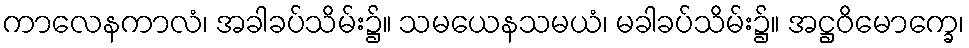
ကာလေနကာလံ၊ အခါခပ်သိမ်း၌။ သမယေနသမယံ၊ မခါခပ်သိမ်း၌။ အဋ္ဌဝိမောက္ခေ၊